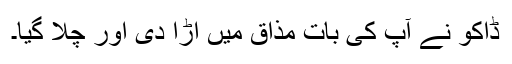
ڈاکو نے آپ کی بات مذاق میں اڑا دی اور چلا گیا۔